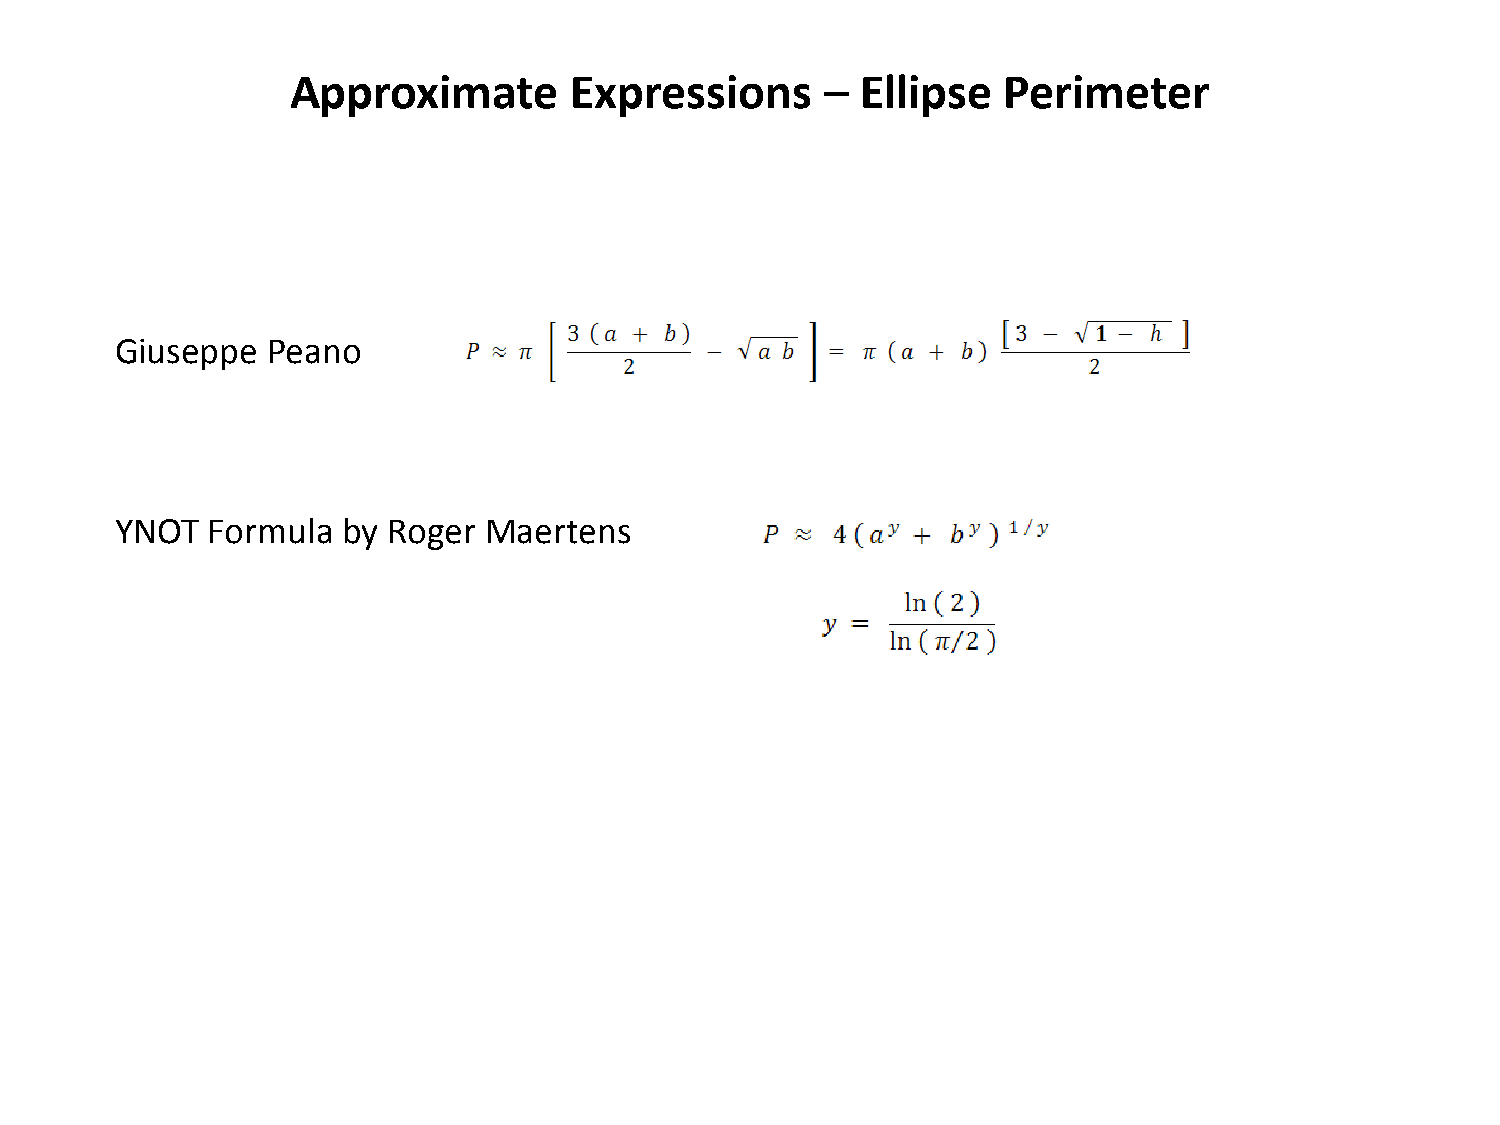
Approximate        Expressions      – Ellipse  Perimeter
 Giuseppe  Peano
 YNOT  Formula  by Roger Maertens